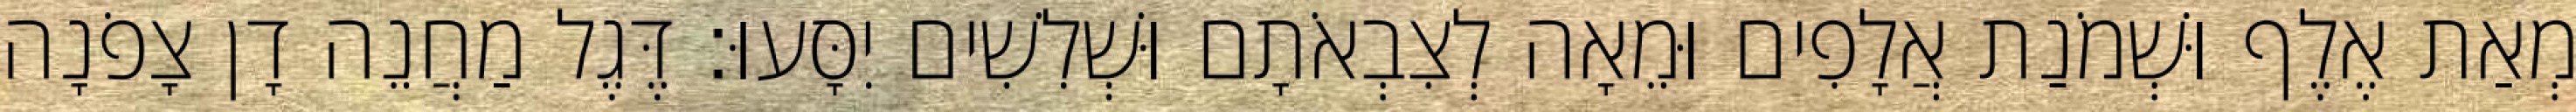
מְאַת אֶלֶף וּשְׁמֹנַת אֲלָפִים וּמֵאָה לְצִבְאֹתָם וּשְׁלִשִׁים יִסָּעוּ׃ דֶּגֶל מַחֲנֵה דָן צָפֹנָה